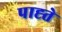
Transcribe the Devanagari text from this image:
पाह्ते